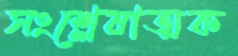
সংশ্লেষাত্মক